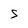
Character: S